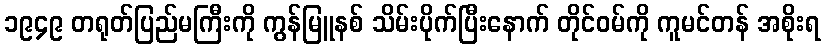
၁၉၄၉ တရုတ်ပြည်မကြီးကို ကွန်မြူနစ် သိမ်းပိုက်ပြီးနောက် တိုင်ဝမ်ကို ကူမင်တန် အစိုးရ